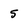
Character: 5